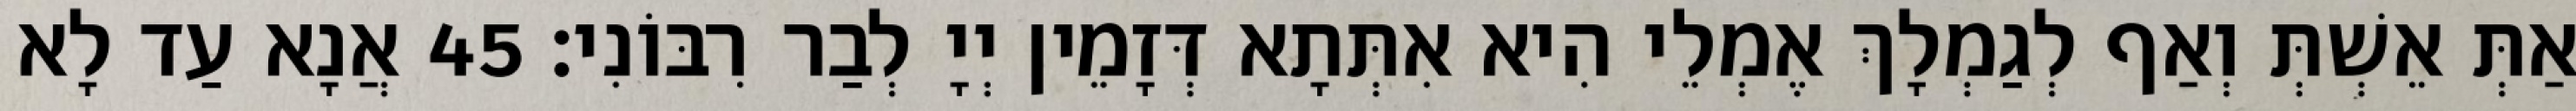
אַתְּ אֵשְׁתְּ וְאַף לְגַמְלָךְ אֶמְלֵי הִיא אִתְּתָא דְּזָמֵין יְיָ לְבַר רִבּוֹנִי׃ 45 אֲנָא עַד לָא